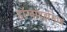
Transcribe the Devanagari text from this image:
हॉग्वार्ट्झमध्ये